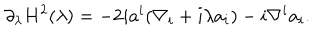
LaTeX: \partial _ { \lambda } H ^ { 2 } ( \lambda ) = - 2 i a ^ { i } ( \nabla _ { i } + i \lambda a _ { i } ) - i \nabla ^ { i } a _ { i } .